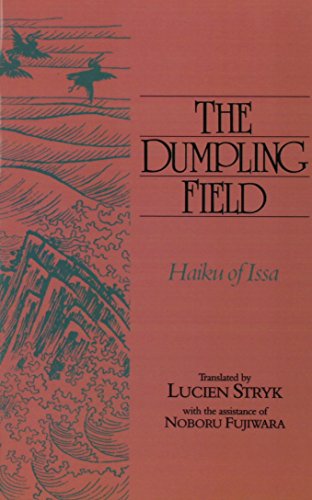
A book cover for Dumpling Field: Haiku Of Issa; Lucien Stryk; Literature & Fiction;